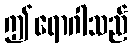
ဤရောဂါသည်